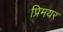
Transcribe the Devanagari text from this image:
प्रिमयर